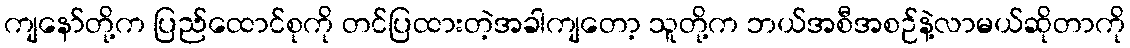
ကျနော်တို့က ပြည်ထောင်စုကို တင်ပြထားတဲ့အခါကျတော့ သူတို့က ဘယ်အစီအစဉ်နဲ့လာမယ်ဆိုတာကို